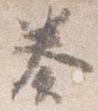
奏